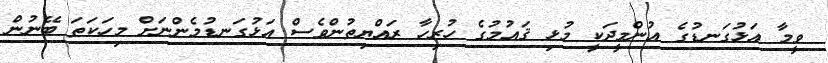
ވީމާ އަޅުގަނޑުގެ އުންމީދަކީ މުޅި ޤައުމުގެ ހުރިހާ ރައްޔިތުންވެސް އަޅުގަނޑުމެންނަށް މިހަކަތަ ބޭނުން